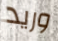
وريد